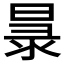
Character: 𭦧